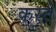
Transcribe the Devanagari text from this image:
करतेे